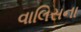
વાલિસના